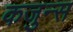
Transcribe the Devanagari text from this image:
कजुन्स